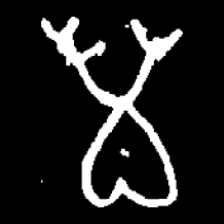
Pyu character \u2014 Myanmar letter: မ (romanized: ma)